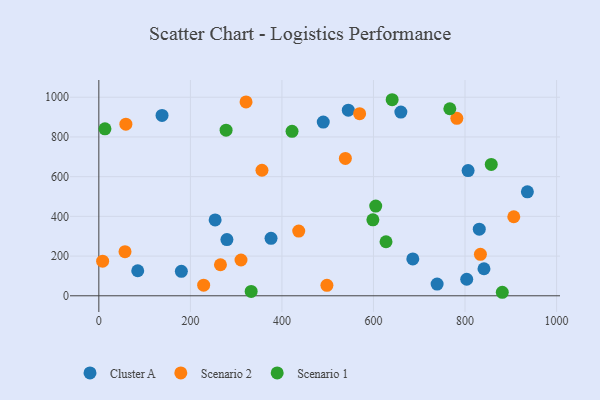
{"axis": {"x": "Ad Spend", "y": "Profit"}, "legend": ["Cluster A", "Scenario 1", "Scenario 2"], "data": [{"x": "831.1", "y": 335.4, "type": "Cluster A"}, {"x": "279.8", "y": 283.3, "type": "Cluster A"}, {"x": "803.7", "y": 83.3, "type": "Cluster A"}, {"x": "85.0", "y": 126.1, "type": "Cluster A"}, {"x": "490.3", "y": 874.9, "type": "Cluster A"}, {"x": "806.7", "y": 630.7, "type": "Cluster A"}, {"x": "138.1", "y": 908.2, "type": "Cluster A"}, {"x": "841.4", "y": 136.2, "type": "Cluster A"}, {"x": "936.2", "y": 523.7, "type": "Cluster A"}, {"x": "545.0", "y": 934.8, "type": "Cluster A"}, {"x": "685.9", "y": 185.9, "type": "Cluster A"}, {"x": "376.2", "y": 289.5, "type": "Cluster A"}, {"x": "739.0", "y": 59.1, "type": "Cluster A"}, {"x": "659.8", "y": 925.3, "type": "Cluster A"}, {"x": "254.1", "y": 382.2, "type": "Cluster A"}, {"x": "180.3", "y": 123.2, "type": "Cluster A"}, {"x": "782.1", "y": 893.9, "type": "Scenario 2"}, {"x": "356.4", "y": 632.2, "type": "Scenario 2"}, {"x": "265.7", "y": 156.3, "type": "Scenario 2"}, {"x": "59.1", "y": 864.6, "type": "Scenario 2"}, {"x": "57.2", "y": 222.3, "type": "Scenario 2"}, {"x": "906.5", "y": 398.1, "type": "Scenario 2"}, {"x": "8.3", "y": 174.4, "type": "Scenario 2"}, {"x": "833.6", "y": 208.6, "type": "Scenario 2"}, {"x": "229.0", "y": 53.5, "type": "Scenario 2"}, {"x": "321.6", "y": 976.6, "type": "Scenario 2"}, {"x": "310.6", "y": 180.2, "type": "Scenario 2"}, {"x": "569.7", "y": 917.3, "type": "Scenario 2"}, {"x": "498.3", "y": 52.9, "type": "Scenario 2"}, {"x": "436.7", "y": 325.8, "type": "Scenario 2"}, {"x": "538.6", "y": 691.9, "type": "Scenario 2"}, {"x": "598.7", "y": 382.7, "type": "Scenario 1"}, {"x": "640.8", "y": 987.5, "type": "Scenario 1"}, {"x": "881.4", "y": 17.7, "type": "Scenario 1"}, {"x": "604.9", "y": 452.0, "type": "Scenario 1"}, {"x": "332.8", "y": 22.2, "type": "Scenario 1"}, {"x": "627.4", "y": 272.3, "type": "Scenario 1"}, {"x": "422.1", "y": 828.1, "type": "Scenario 1"}, {"x": "857.3", "y": 661.7, "type": "Scenario 1"}, {"x": "766.8", "y": 942.1, "type": "Scenario 1"}, {"x": "278.0", "y": 833.9, "type": "Scenario 1"}, {"x": "13.4", "y": 841.1, "type": "Scenario 1"}]}